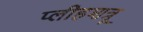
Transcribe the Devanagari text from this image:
प्लीहशत्रू